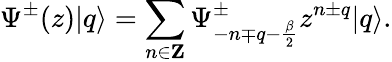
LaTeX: \Psi^{\pm}(z)|q\rangle=\sum_{n\in{\mathbf Z}}\Psi_{-n\mp q-{\frac{\beta}{2}}}^{\pm}z^{n\pm q}|q\rangle.